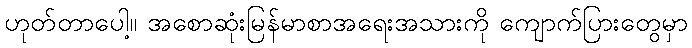
ဟုတ်တာပေါ့။ အစောဆုံးမြန်မာစာအရေးအသားကို ကျောက်ပြားတွေမှာ